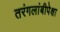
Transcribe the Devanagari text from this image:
तरंगलांबीपेक्षा